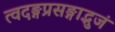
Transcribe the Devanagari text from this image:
त्वदङ्गप्रसङ्गाद्भुजं